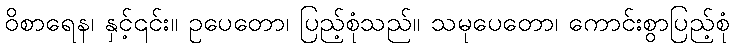
ဝိစာရေန၊ နှင့်၎င်း။ ဥပေတော၊ ပြည့်စုံသည်။ သမုပေတော၊ ကောင်းစွာပြည့်စုံ